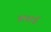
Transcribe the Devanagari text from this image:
बाचाई